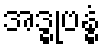
အဒ္ဓုဗန္ဓံ